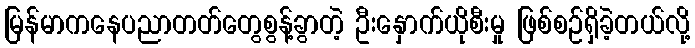
မြန်မာကနေပညာတတ်တွေစွန့်ခွာတဲ့ ဦးနှောက်ယိုစီးမှု ဖြစ်စဉ်ရှိခဲ့တယ်လို့